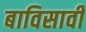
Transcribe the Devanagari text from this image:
बाविसावी